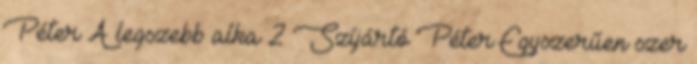
Péter A legszebb alka 2 Szíjártó Péter Egyszerűen szer